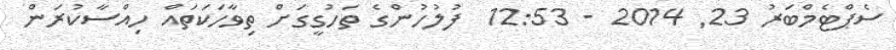
ސެޕްޓެމްބަރު 23